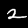
Label: 2